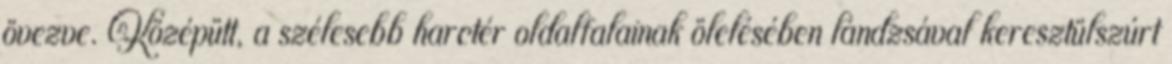
övezve. Középütt, a szélesebb harctér oldalfalainak ölelésében lándzsával keresztülszúrt